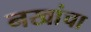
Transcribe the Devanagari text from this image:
नखांचा